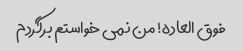
فوق العاده! من نمی خواستم برگردم